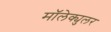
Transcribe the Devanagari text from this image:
मॉलेक्युलर